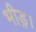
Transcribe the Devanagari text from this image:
भीड़़।